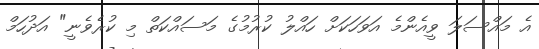
އެ މައްސަލަ ވީއެންމެ އަވަހަކަށް ހައްލު ކުރުމުގެ މަސައްކަތް މި ކުރެވެނީ" އަދުހަމް